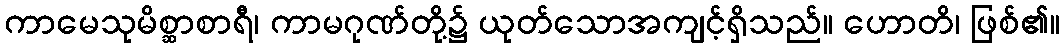
ကာမေသုမိစ္ဆာစာရီ၊ ကာမဂုဏ်တို့၌ ယုတ်သောအကျင့်ရှိသည်။ ဟောတိ၊ ဖြစ်၏။